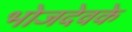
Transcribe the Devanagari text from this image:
भोजदेवके